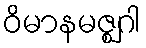
ဝိမာနမဇ္ဈဂါ